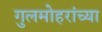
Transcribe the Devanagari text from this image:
गुलमोहरांच्या